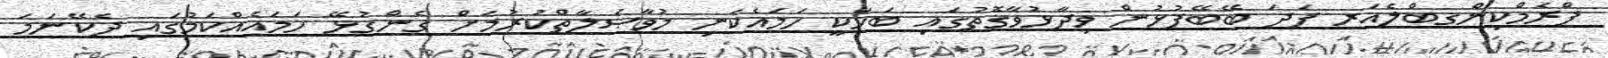
ފްރެމްކިންގބްލެއަރ ފަދަ ބޭބޭފުޅުން ވިދާޅުވާގޮތުގައި ބަހަކީ ހަމައެކަނި މުވާޞަލާތްކުރުމަށް ގެންގުޅޭ ހަމައެއްކަމުގައި ދެކޭނަމަ